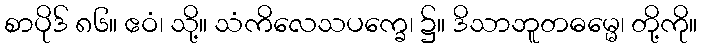
စာပိုဒ် ၈၆။ ဧဝံ၊ သို့။ သံကိလေသပက္ခေ၊ ၌။ ဒိသာဘူတဓမ္မေ၊ တို့ကို။